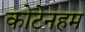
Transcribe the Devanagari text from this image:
कोटेनहम